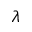
\lambda